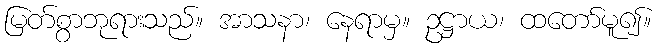
မြတ်စွာဘုရားသည်။ အာသနာ၊ နေရာမှ။ ဥဋ္ဌာယ၊ ထတော်မူ၍။